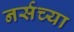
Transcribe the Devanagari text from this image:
नर्सच्या